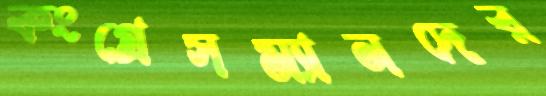
কংগ্রেসম্যানদের